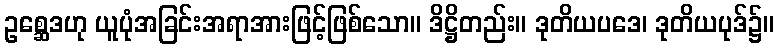
ဥစ္ဆေဒဟု ယူပုံအခြင်းအရာအားဖြင့်ဖြစ်သော။ ဒိဋ္ဌိတည်း။ ဒုတိယပဒေ၊ ဒုတိယပုဒ်၌။